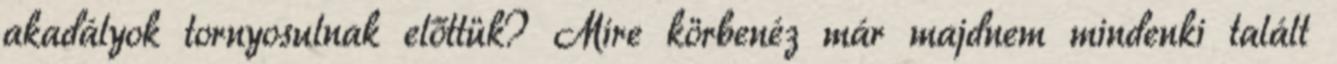
akadályok tornyosulnak előttük? Mire körbenéz már majdnem mindenki talált